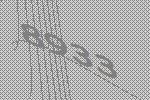
8933